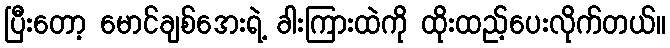
ပြီးတော့ မောင်ချစ်အေးရဲ့ ခါးကြားထဲကို ထိုးထည့်ပေးလိုက်တယ်။